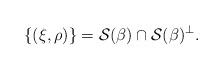
LaTeX: \begin{align*} \{(\xi,\rho)\}=\mathcal{S}(\beta)\cap\mathcal{S}(\beta)^\perp. \end{align*}